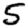
Digit: 5